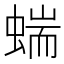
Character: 𧍒